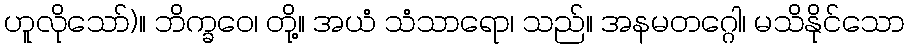
ဟူလိုသော်)။ ဘိက္ခဝေ၊ တို့။ အယံ သံသာရော၊ သည်။ အနမတဂ္ဂေါ၊ မသိနိုင်သော